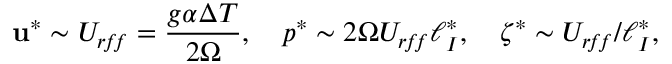
\mathbf { u } ^ { * } \sim U _ { r \! f \! f } = \frac { g \alpha \Delta T } { 2 \Omega } , \quad p ^ { * } \sim 2 \Omega U _ { r \! f \! f } \ell _ { I } ^ { * } , \quad \zeta ^ { * } \sim U _ { r \! f \! f } / \ell _ { I } ^ { * } ,